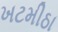
ખટમીઠા